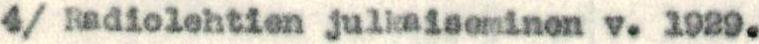
4/ Radiolehtien julkaiseminen v. 1929.